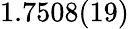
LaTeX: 1.7508(19)